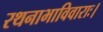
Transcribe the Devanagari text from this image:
रथनाभाविवाराः।